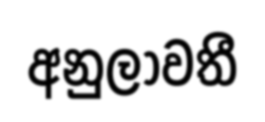
අනුලාවතී